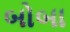
બોબા